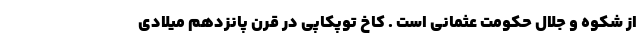
از شکوه و جلال حکومت عثمانی است . کاخ توپکاپی در قرن پانزدهم میلادی